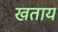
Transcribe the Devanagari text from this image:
खताय